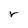
Character: r